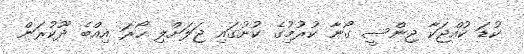
ކުޑަ ކުއްޖަކާ ޖިންސީ ގޯނާ ކުރުމިުގެ ކުށުގައި ޖަލަށްލި ހޯރަ އިއްބެ ދޫކުރަން